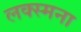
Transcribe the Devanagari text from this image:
लक्स्मना